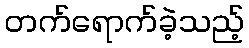
တက်ရောက်ခဲ့သည့်